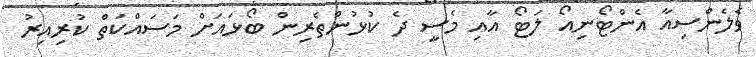
ވެލެންސިއާ އެންޓޯނިއޯ ލަޓޯ އާއި މެސީ ދެ ކުޅުންތެރިން ބޯޅައަށް މަސައްކަތް ކުރިއިރު